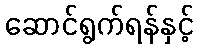
ဆောင်ရွက်ရန်နှင့်